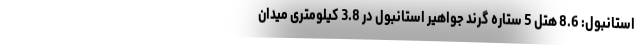
استانبول: 8.6 هتل 5 ستاره گرند جواهیر استانبول در 3.8 کیلومتری میدان